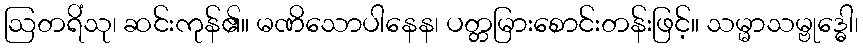
ဩတရိံသု၊ ဆင်းကုန်၏။ မဏိသောပါနေန၊ ပတ္တမြားစောင်းတန်းဖြင့်။ သမ္မာသမ္ဗုဒ္ဓေါ၊